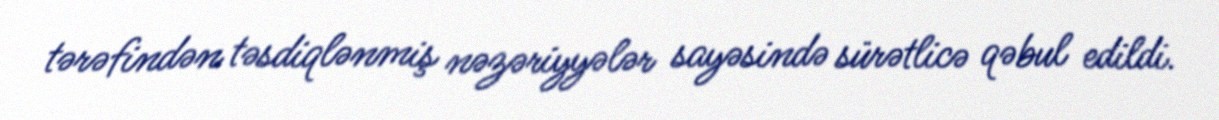
tərəfindən təsdiqlənmiş nəzəriyyələr sayəsində sürətlicə qəbul edildi.